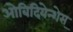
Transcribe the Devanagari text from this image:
ओबिदियेन्शेस्